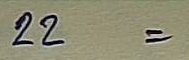
22 =